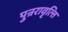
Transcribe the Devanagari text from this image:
पुन्ररावृत्त्ति